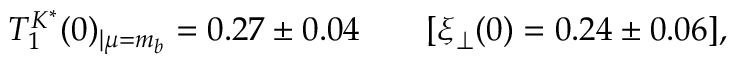
T _ { 1 } ^ { K ^ { * } } ( 0 ) _ { | \mu = m _ { b } } = 0 . 2 7 \pm 0 . 0 4 \qquad [ \xi _ { \perp } ( 0 ) = 0 . 2 4 \pm 0 . 0 6 ] ,